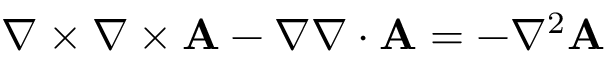
\nabla \times \nabla \times \mathbf { A } - \nabla \nabla \cdot \mathbf { A } = - \nabla ^ { 2 } \mathbf { A }